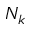
N _ { k }